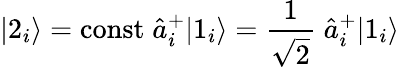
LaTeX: |2_{i}\rangle=\mathrm{const}\; \hat{a}_{i}^{+}|1_{i}\rangle=\frac{1}{\sqrt{2}}\; \hat{a}_{i}^{+}|1_{i}\rangle